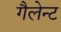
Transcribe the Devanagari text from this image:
गैलेन्ट